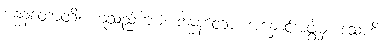
ဗန္ဓနတောတိ၊ ဟူသည်ကား။ ဗန္ဓနတော၊ အနှောင်အဖွဲ့မှ။ ဒသဟိ